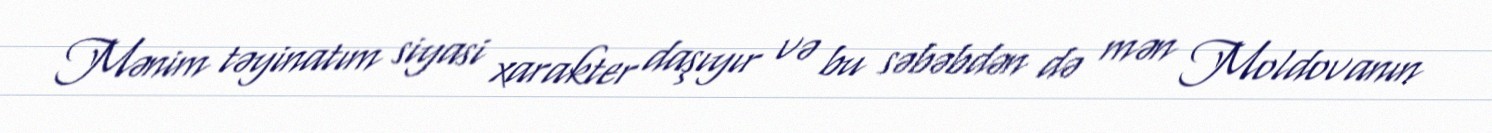
Mənim təyinatım siyasi xarakter daşıyır və bu səbəbdən də mən Moldovanın